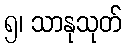
၅၊ သာနုသုတ်